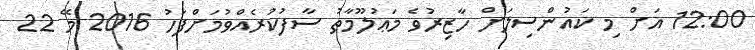
12:00 އަށް މި ކައުންސިލަށް ހާޒިރުވެ މަޢުލޫމާތު ސާފުކުރެއްވުމަށްފަހު 2016 މޭ 22